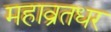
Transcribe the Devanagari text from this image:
महाव्रतधर